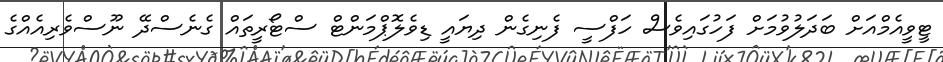
ޓީވީއެމްއަށް ބަދަލުވުމަށް ފަހުގައިވެސް ހަފްސީ ފެނިގެން ދިޔައީ ޑިވެލޮޕްމަންޓް ސްޓޯރީތައް ގެނެސްދޭ ނޫސްވެރިއެއްގެ